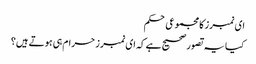
ای نمبرز کا مجموعی حکم
کیا یہ تصور صحیح ہے کہ ای نمبرز حرام ہی ہوتے ہیں؟